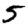
Digit: 5